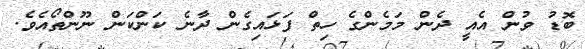
ބޮޑު ވުން އެެއީ ދެން މަމެންގެ ހިތް ފަޅައިގެން ދާނެ ކަންކަން ނޫންތޯއެވެ.